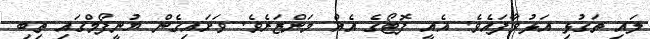
ލައި ތަގުޅި އަޅުވާފައެވެ. އެއީ ފޮޓޯގެ އެއް މަންޒަރެވެ. ވަށައިގެން ޔުނީފޯމްގައި ތިބި